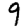
Digit: 9